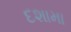
દશામા